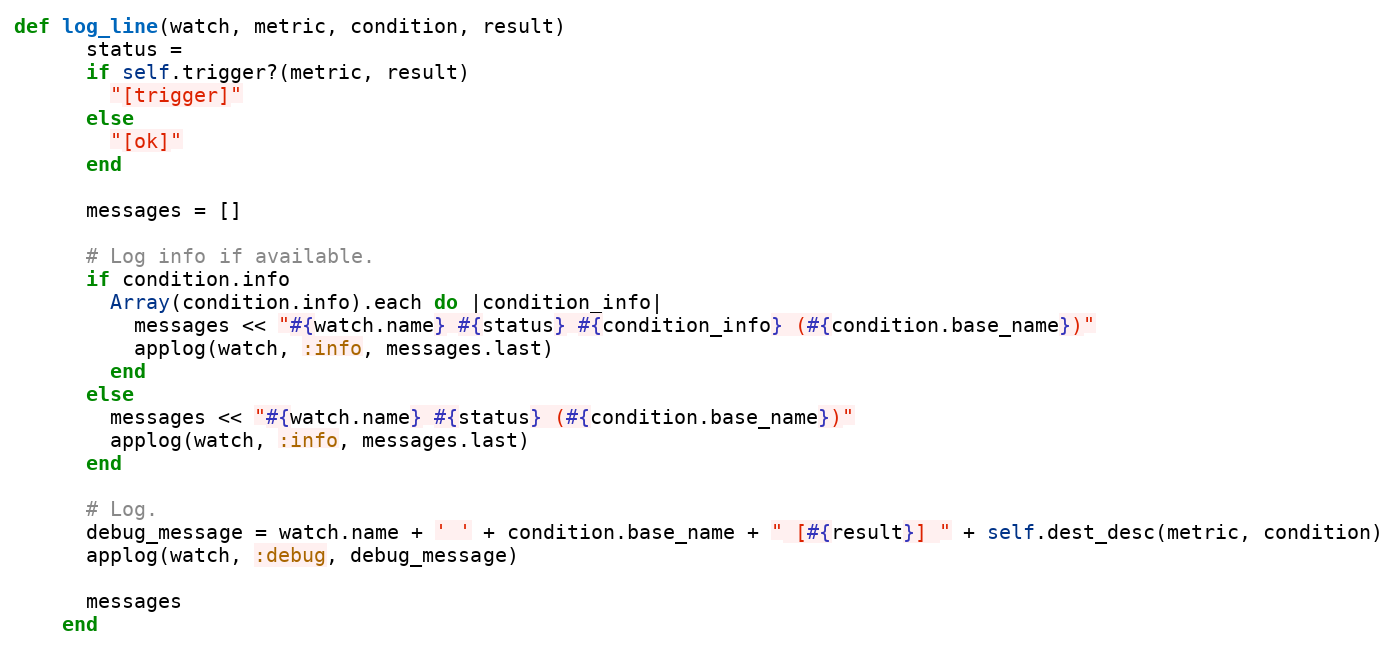
Language: Ruby
def log_line(watch, metric, condition, result)
      status =
      if self.trigger?(metric, result)
        "[trigger]"
      else
        "[ok]"
      end

      messages = []

      # Log info if available.
      if condition.info
        Array(condition.info).each do |condition_info|
          messages << "#{watch.name} #{status} #{condition_info} (#{condition.base_name})"
          applog(watch, :info, messages.last)
        end
      else
        messages << "#{watch.name} #{status} (#{condition.base_name})"
        applog(watch, :info, messages.last)
      end

      # Log.
      debug_message = watch.name + ' ' + condition.base_name + " [#{result}] " + self.dest_desc(metric, condition)
      applog(watch, :debug, debug_message)

      messages
    end